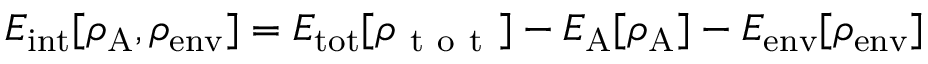
E _ { \mathrm { i n t } } [ \rho _ { \mathrm { A } } , \rho _ { \mathrm { e n v } } ] = E _ { \mathrm { t o t } } [ \rho _ { \mathrm { ~ t ~ o ~ t ~ } } ] - E _ { \mathrm { A } } [ \rho _ { \mathrm { A } } ] - E _ { \mathrm { e n v } } [ \rho _ { \mathrm { e n v } } ]